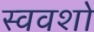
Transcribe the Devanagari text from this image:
स्ववशो